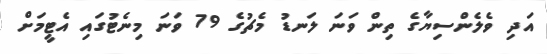
އަދި ވެލެންސިޔާގެ ތިން ވަނަ ލަނޑު މެޗުގެ 79 ވަނަ މިނެޓުގައި އެޓީމަށް